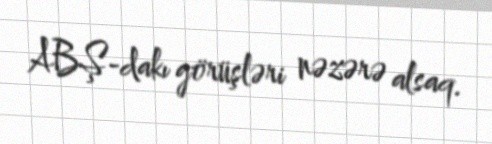
ABŞ-dakı görüşləri nəzərə alsaq.